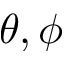
\theta , \phi